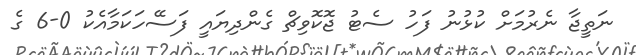
ނަތީޖާ ނެރުމަށް ކުޅުނު ފަހު ސެޓު ޖޮކޮވިޗް ގެންދިޔައީ ފަސޭހަކަމާއެކު 0-6 ގެ